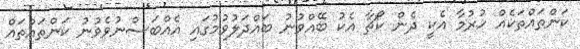
ކަންތައްތަކެއް ހުރުމާ އެކީ ދެން ކޯޗާ އެކު ބޭއްވުނު ބައްދަލުވުމުގައި އެއްބަސްނުވެވުނު ކަންތައްތައް